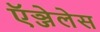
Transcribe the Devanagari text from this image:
ऍञ्जेलेस